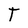
Character: T